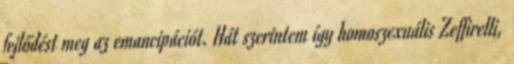
fejlődést meg az emancipációt. Hát szerintem így homoszexuális Zeffirelli,